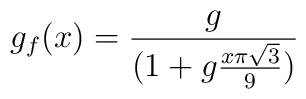
g_{f}(x)={g \over (1+g { x \pi \sqrt{3} \over 9})}